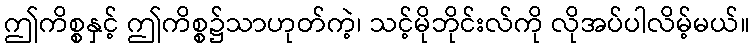
ဤကိစ္စနှင့် ဤကိစ္စ၌သာဟုတ်ကဲ့၊ သင့်မိုဘိုင်းလ်ကို လိုအပ်ပါလိမ့်မယ်။